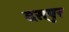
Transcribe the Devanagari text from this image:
दसपुर